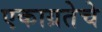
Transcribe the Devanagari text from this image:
एकाग्रतेचे